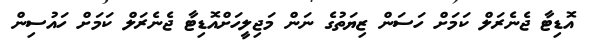
އޮޑިޓާ ޖެނެރަލް ކަމަށް ހަސަން ޒިޔަތުގެ ނަން މަޖިލީހަށްއޮޑިޓާ ޖެނެރަލް ކަމަށް ހައުސިން